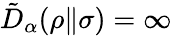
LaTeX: \tilde{D}_{\alpha}(\rho\| \sigma)=\infty